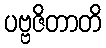
ပဗ္ဗဇိတာတိ